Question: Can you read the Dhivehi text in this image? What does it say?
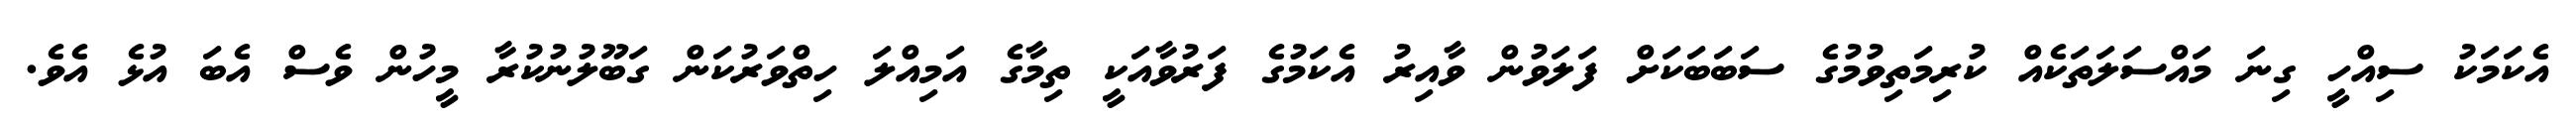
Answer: އެކަމަކު ސިއްހީ ގިނަ މައްސަލަތަކެއް ކުރިމަތިވުމުގެ ސަބަބަކަށް ފަލަވުން ވާއިރު އެކަމުގެ ފަރުވާއަކީ ތިމާގެ އަމިއްލަ ހިތްވަރުކަން ގަބޫލުނުކުރާ މީހުން ވެސް އެބަ އުޅެ އެވެ.